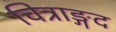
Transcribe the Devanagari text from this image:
चित्राङ्गद